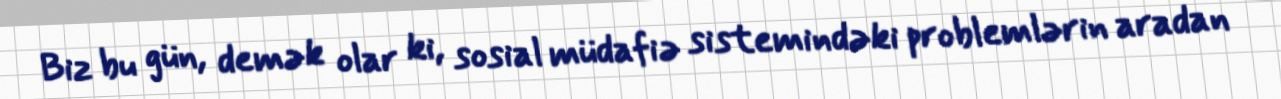
Biz bu gün, demək olar ki, sosial müdafiə sistemindəki problemlərin aradan